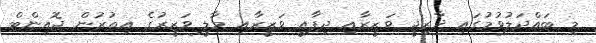
މި ބައްދަލުވުމުގައި ޚާރިޖީ ވަޒީރާއި ދިފާއީ ވަޒީރާއި މާލީ ވަޒީރުގެ އިތުރުން ޖޮއިންޓް